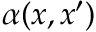
\alpha ( \boldsymbol { x } , \boldsymbol { x } ^ { \prime } )